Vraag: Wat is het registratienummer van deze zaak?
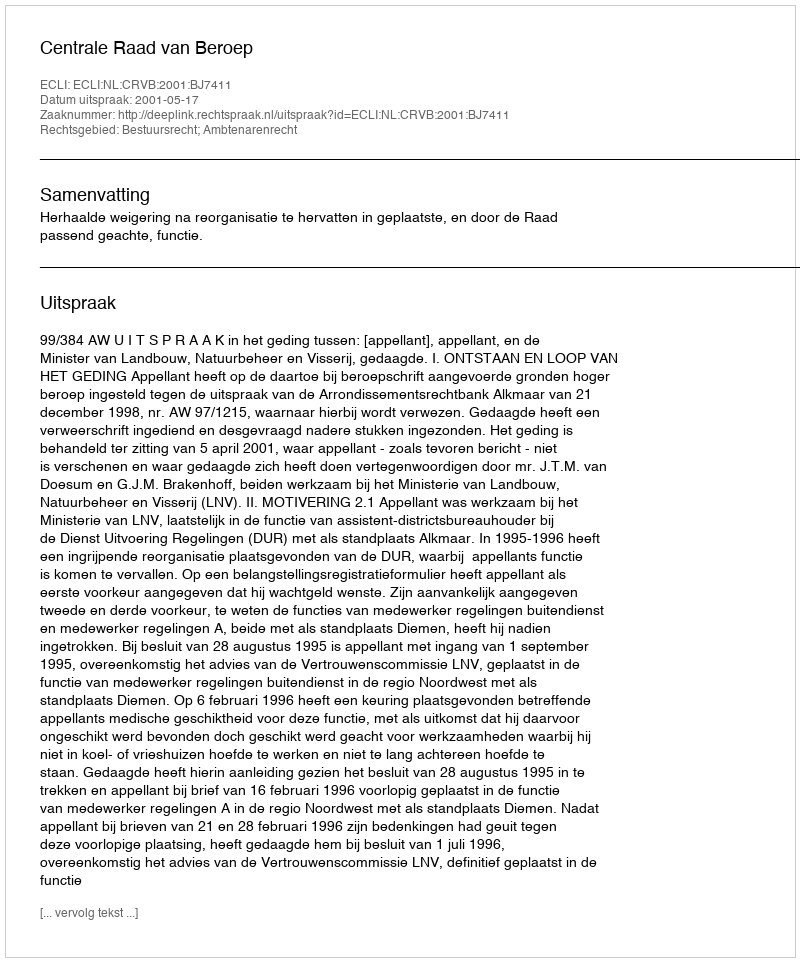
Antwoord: http://deeplink.rechtspraak.nl/uitspraak?id=ECLI:NL:CRVB:2001:BJ7411